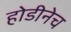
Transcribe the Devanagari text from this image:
होडीनेच